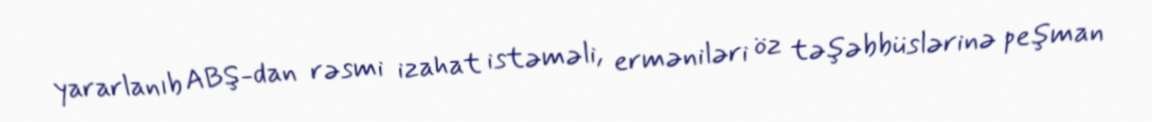
yararlanıb ABŞ-dan rəsmi izahat istəməli, erməniləri öz təşəbbüslərinə peşman